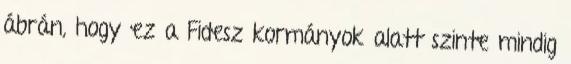
ábrán, hogy ez a Fidesz kormányok alatt szinte mindig